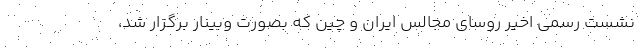
نشست رسمی اخیر روسای مجالس ایران و چین که بصورت وبینار برگزار شد،